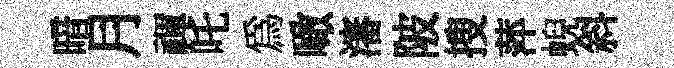
暗月禈吒爲噉瀋陂搜萍蜺斜